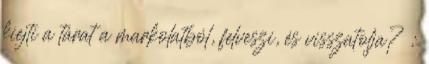
kiejti a tárat a markolatból, felveszi, és visszatolja? :